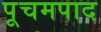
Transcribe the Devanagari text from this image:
पूचमपाद